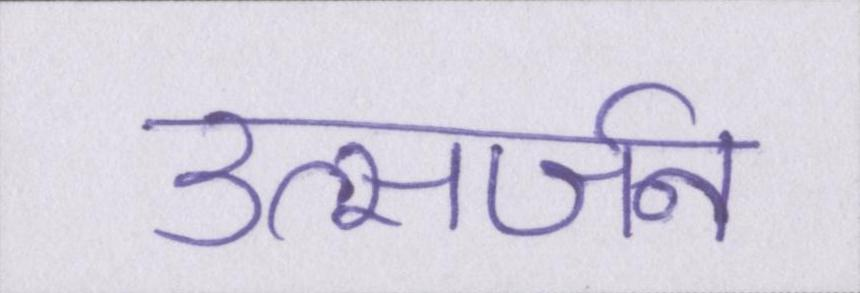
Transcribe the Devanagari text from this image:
उत्सर्जन